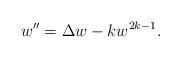
LaTeX: \begin{align*} w''=\Delta w-kw^{2k-1}. \end{align*}